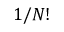
1 / N !